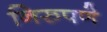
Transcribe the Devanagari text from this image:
निरुपणे